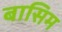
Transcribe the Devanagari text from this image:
बासिम